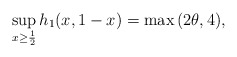
\begin{align*} \sup_{x \geq \frac{1}{2}}{h_1(x,1-x)}=\max{(2\theta,4)},\end{align*}